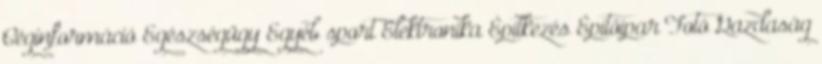
Céginformáció Egészségügy Egyéb sport Elektronika Építkezés Építőipar Fotó Gazdaság